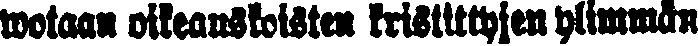
wotaan oikeauskoisten kristittyjen ylimmän